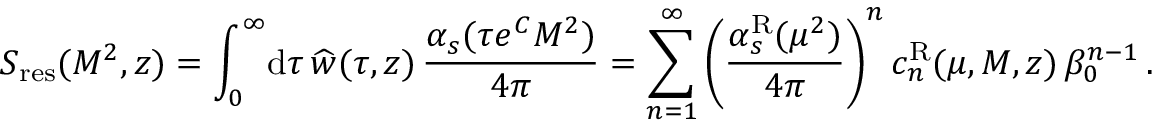
S _ { \mathrm { r e s } } ( M ^ { 2 } , z ) = \int _ { 0 } ^ { \infty } \! \mathrm { d } \tau \, \widehat w ( \tau , z ) \, { \frac { \alpha _ { s } ( \tau e ^ { C } M ^ { 2 } ) } { 4 \pi } } = \sum _ { n = 1 } ^ { \infty } \Bigg ( { \frac { \alpha _ { s } ^ { \mathrm { R } } ( \mu ^ { 2 } ) } { 4 \pi } } \Bigg ) ^ { n } \, c _ { n } ^ { \mathrm { R } } ( \mu , M , z ) \, \beta _ { 0 } ^ { n - 1 } \, .